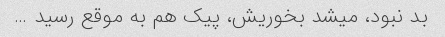
بد نبود، میشد بخوریش، پیک هم به موقع رسید …